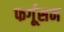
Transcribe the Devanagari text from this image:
फर्गूसन